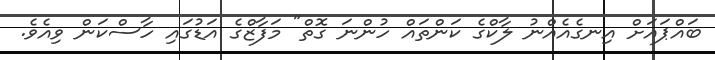
ބައްޕައަށް އިނގެއެއްނު ލާކްގެ ކަންތައް ހުންނަ ގޮތް" މަފާޒްގެ އަޑުގައި ހާސްކަން ވިއެވެ.